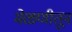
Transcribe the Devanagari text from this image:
मेळणीतून